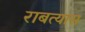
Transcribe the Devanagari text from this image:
राबत्यास